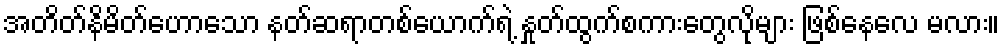
အတိတ်နိမိတ်ဟောသော နတ်ဆရာတစ်ယောက်ရဲ့ နှုတ်ထွက်စကားတွေလိုများ ဖြစ်နေလေ မလား။